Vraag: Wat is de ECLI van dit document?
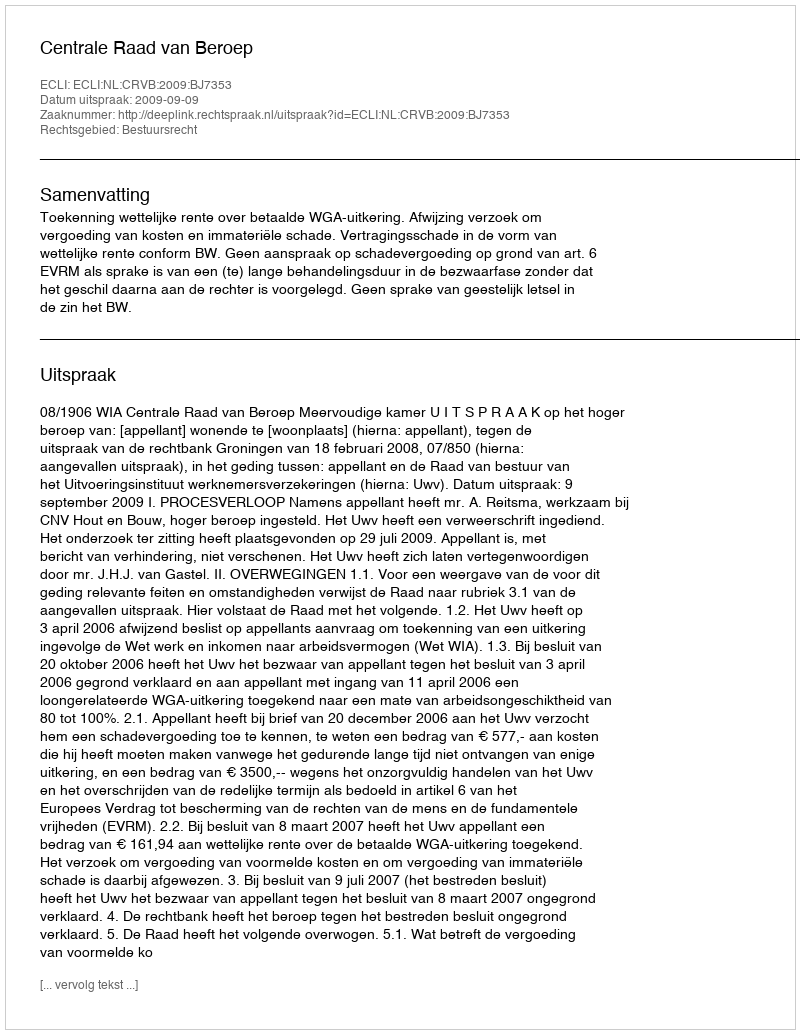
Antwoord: ECLI:NL:CRVB:2009:BJ7353